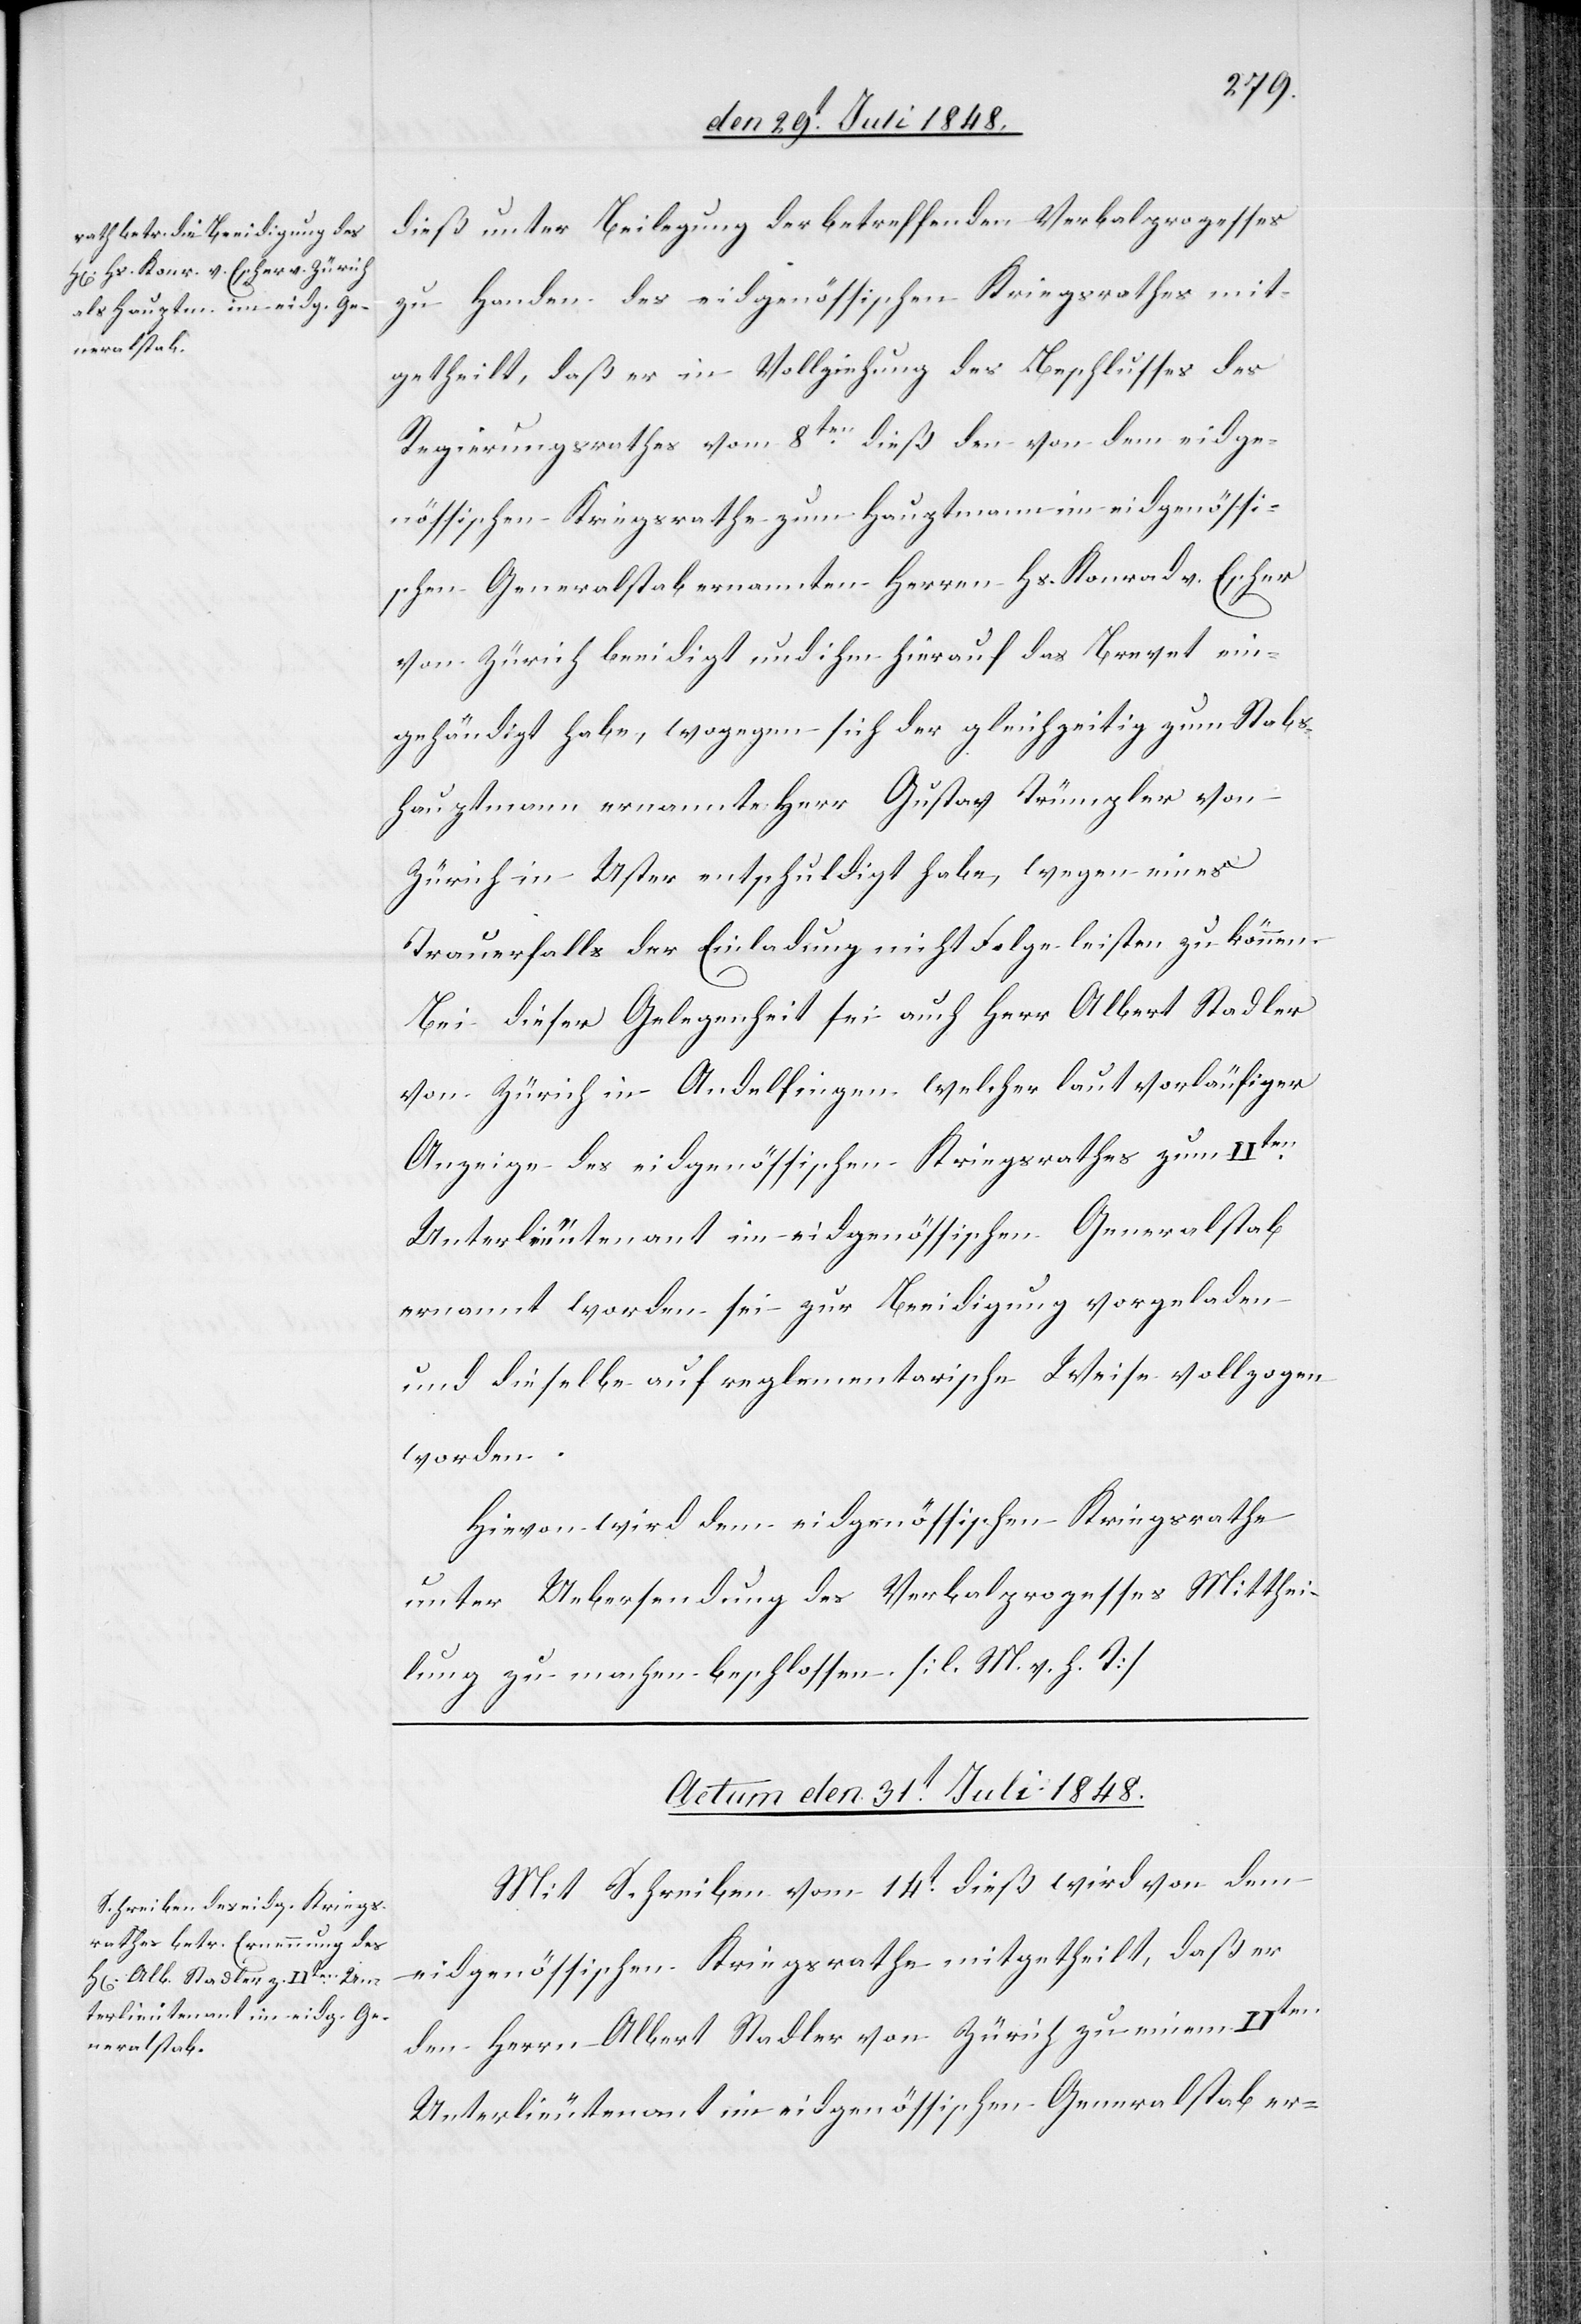
dieß unter Beilegung der [sic!] betreffenden Verbalprozesses
zu Handen des eidgenössischen Kriegsrathes mit¬
getheilt, daß er in Vollziehung des Beschlusses des
Regierungsrathes vom 8ten dieß den von dem eidge¬
nössischen Kriegsrathe zum Hauptmann im eidgenössi¬
schen Generalstab ernannten Herren Hs. Konrad v. Escher
von Zürich beeidigt und ihm hierauf das Brevet ein¬
gehändigt habe, wogegen sich der gleichzeitig zum Stabs¬
hauptmann ernannte Herr Gustav Trümpler von
Zürich in Uster entschuldigt habe, wegen eines
Trauerfalls der Einladung nicht Folge leisten zu können.
Bei dieser Gelegenheit sei auch Herr Albert Stadler
von Zürich in Andelfingen welcher laut vorläufiger
Anzeige des eidgenössischen Kriegsrathes zum IIten
Unterlieutenant im eidgenössischen Generalstab
ernannt worden sei zur Beeidigung vorgeladen
und dieselbe auf reglementarische Weise vollzogen
worden.
Hievon wird dem eidgenössischen Kriegsrathe
unter Uebersendung des Verbalprozesses Mitthei¬
lung zu machen beschlossen. [l. M. v. h. T]
Actum den 31t Juli 1848.
Mit Schreiben vom 14t dieß wird von dem
eidgenössischen Kriegsrathe mitgetheilt, daß er
den Herrn Albert Stadler von Zürich zu einem IIten
Unterlieutenant im eidgenössischen Generalstab er-